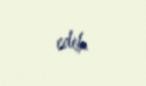
edib.